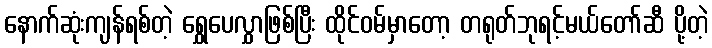
နောက်ဆုံးကျန်ရစ်တဲ့ ရွှေပေလွှာဖြစ်ပြီး ထိုင်ဝမ်မှာတော့ တရုတ်ဘုရင့်မယ်တော်ဆီ ပို့တဲ့